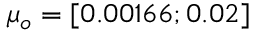
\mu _ { o } = [ 0 . 0 0 1 6 6 ; 0 . 0 2 ]